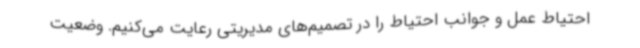
احتیاط عمل و جوانب احتیاط را در تصمیم‌های مدیریتی رعایت می‌کنیم. وضعیت